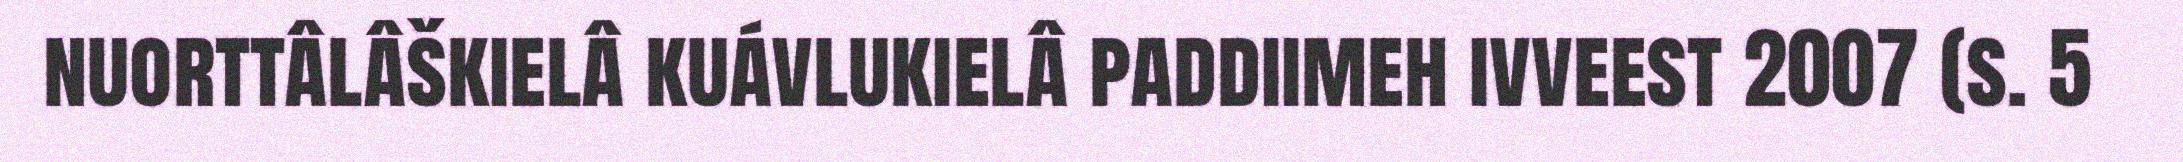
nuorttâlâškielâ kuávlukielâ paddiimeh ivveest 2007 (s. 5